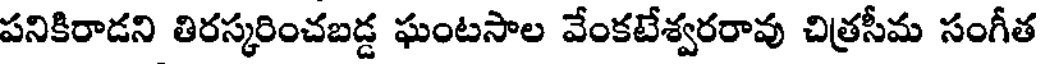
పనికిరాడని తిరస్కరించబడ్డ ఘంటసాల వేంకటేశ్వరరావు చిత్రసీమ సంగీత